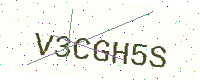
Text: V3CGH5S